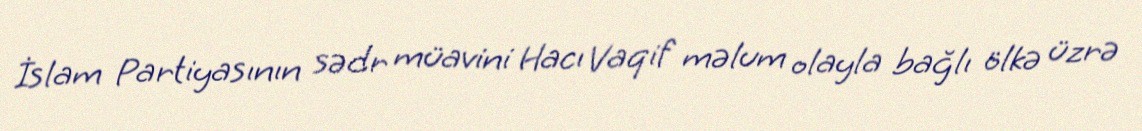
İslam Partiyasının sədr müavini Hacı Vaqif məlum olayla bağlı ölkə üzrə